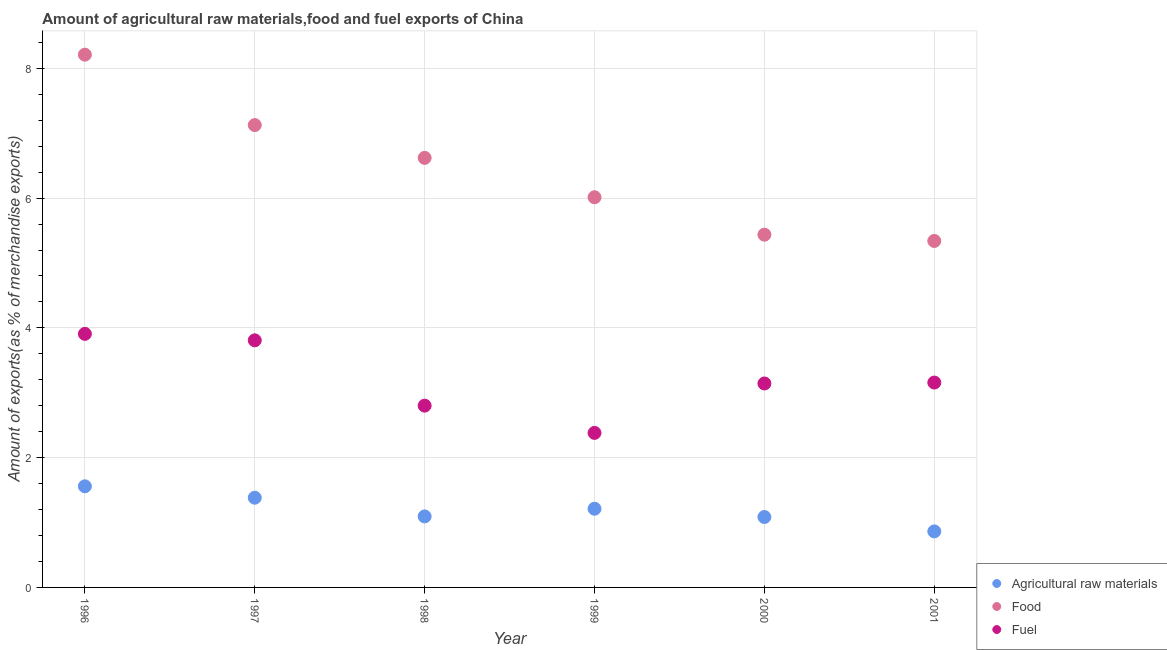
| Year | Agricultural raw materials | Food | Fuel |
 | --- | --- | --- | --- |
 | 1996 | 1.56 | 8.21 | 3.91 |
 | 1997 | 1.38 | 7.13 | 3.81 |
 | 1998 | 1.09 | 6.62 | 2.8 |
 | 1999 | 1.21 | 6.01 | 2.38 |
 | 2000 | 1.09 | 5.44 | 3.14 |
 | 2001 | 0.864 | 5.34 | 3.16 |